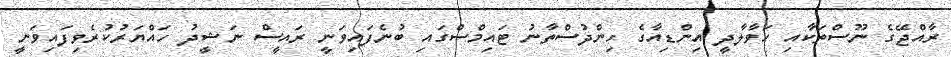
ރާއްޖޭގެ ނޫސްތަކާއި ހަވާލާދީ އިންޑިއާގެ ހިންދުސްތާނު ޓައިމްސްގައި ބުނެފައިވަނީ ރައީސް ނަޝީދު ހައްޔަރުކުރެވިފައިވަނީ